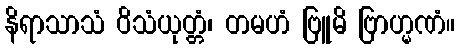
နိရာသာသံ ဝိသံယုတ္တံ၊ တမဟံ ဗြူမိ ဗြာဟ္မဏံ။